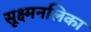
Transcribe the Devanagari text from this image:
सूक्ष्मनलिका